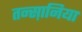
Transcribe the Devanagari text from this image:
तन्स़ानिया